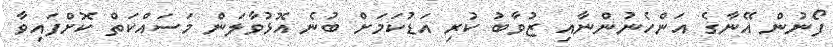
ފޯނުން އޭނާގެ އަންހެނުންނާއި ޒުވާބު ކުރި އަޑުކަމަށް ބުނެ އޮޅުވާލަން މަސައްކަތް ކޮށްފައިވާ